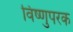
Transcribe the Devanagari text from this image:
विष्णुपरक